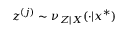
z ^ { ( j ) } \sim \nu _ { Z | \boldsymbol { X } } ( \cdot | \boldsymbol { x } ^ { * } )